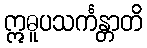
ဣဓူပသင်္ကန္တာတိ